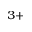
^ { 3 + }